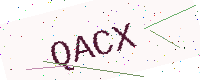
Text: QACX